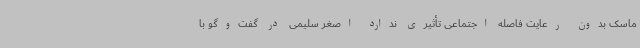
ماسک بدون رعایت فاصله اجتماعی تأثیری ندارد اصغر سلیمی در گفت‌وگو با